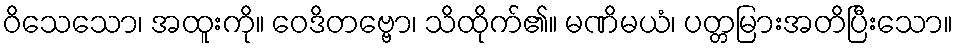
ဝိသေသော၊ အထူးကို။ ဝေဒိတဗ္ဗော၊ သိထိုက်၏။ မဏိမယံ၊ ပတ္တမြားအတိပြီးသော။